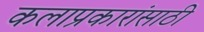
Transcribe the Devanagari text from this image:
कलाप्रकारांसाठी